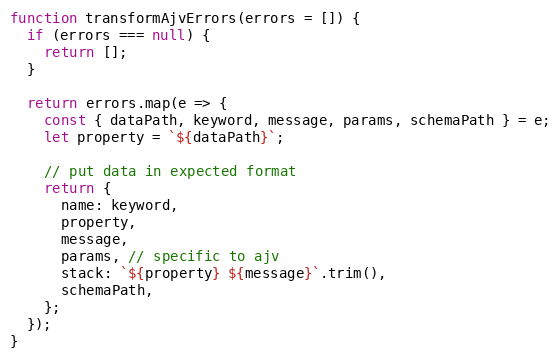
Language: JavaScript
function transformAjvErrors(errors = []) {
  if (errors === null) {
    return [];
  }

  return errors.map(e => {
    const { dataPath, keyword, message, params, schemaPath } = e;
    let property = `${dataPath}`;

    // put data in expected format
    return {
      name: keyword,
      property,
      message,
      params, // specific to ajv
      stack: `${property} ${message}`.trim(),
      schemaPath,
    };
  });
}